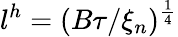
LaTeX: l^{h}=(B\tau/\xi_{n})^{\frac{1}{4}}